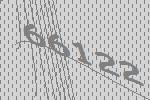
66122